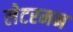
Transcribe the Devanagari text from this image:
लेटरमन